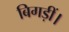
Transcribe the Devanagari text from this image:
बिगड़ीं।